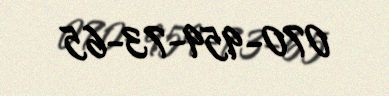
070-959-73-65